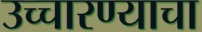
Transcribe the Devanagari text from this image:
उच्चारण्याचा